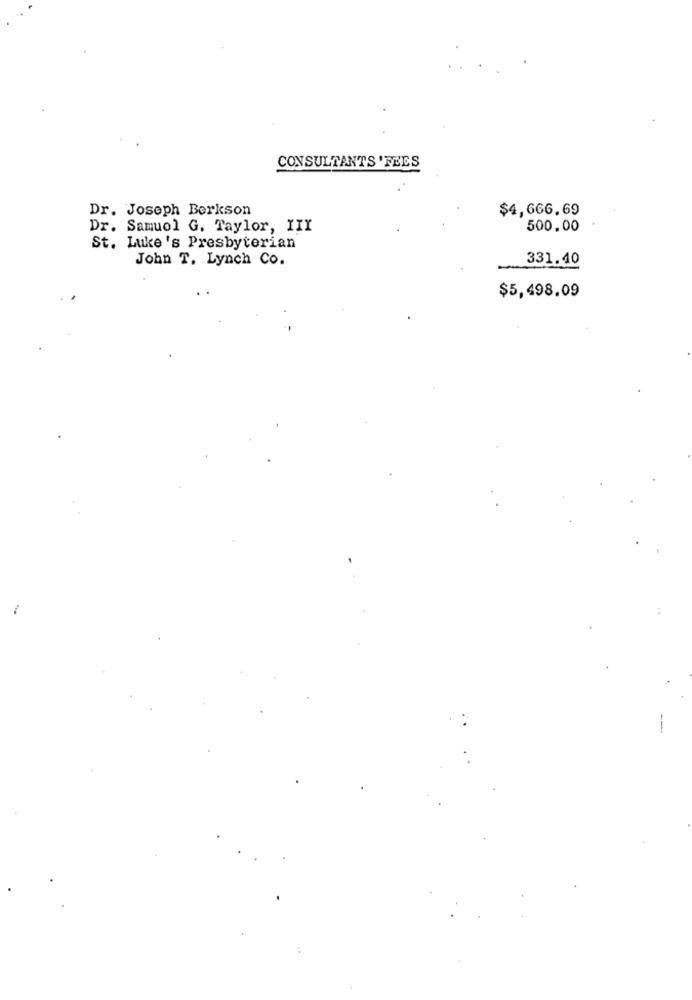
CONSULTANTS 'FEES
Dr. Joseph Berkson
$4,666.69
Dr. Samuel G. Taylor, III
500.00
St. Luke's Presbyterian
John T. Lynch Co.
331.40
$5,498.09